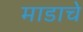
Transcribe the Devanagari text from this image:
माडाचे